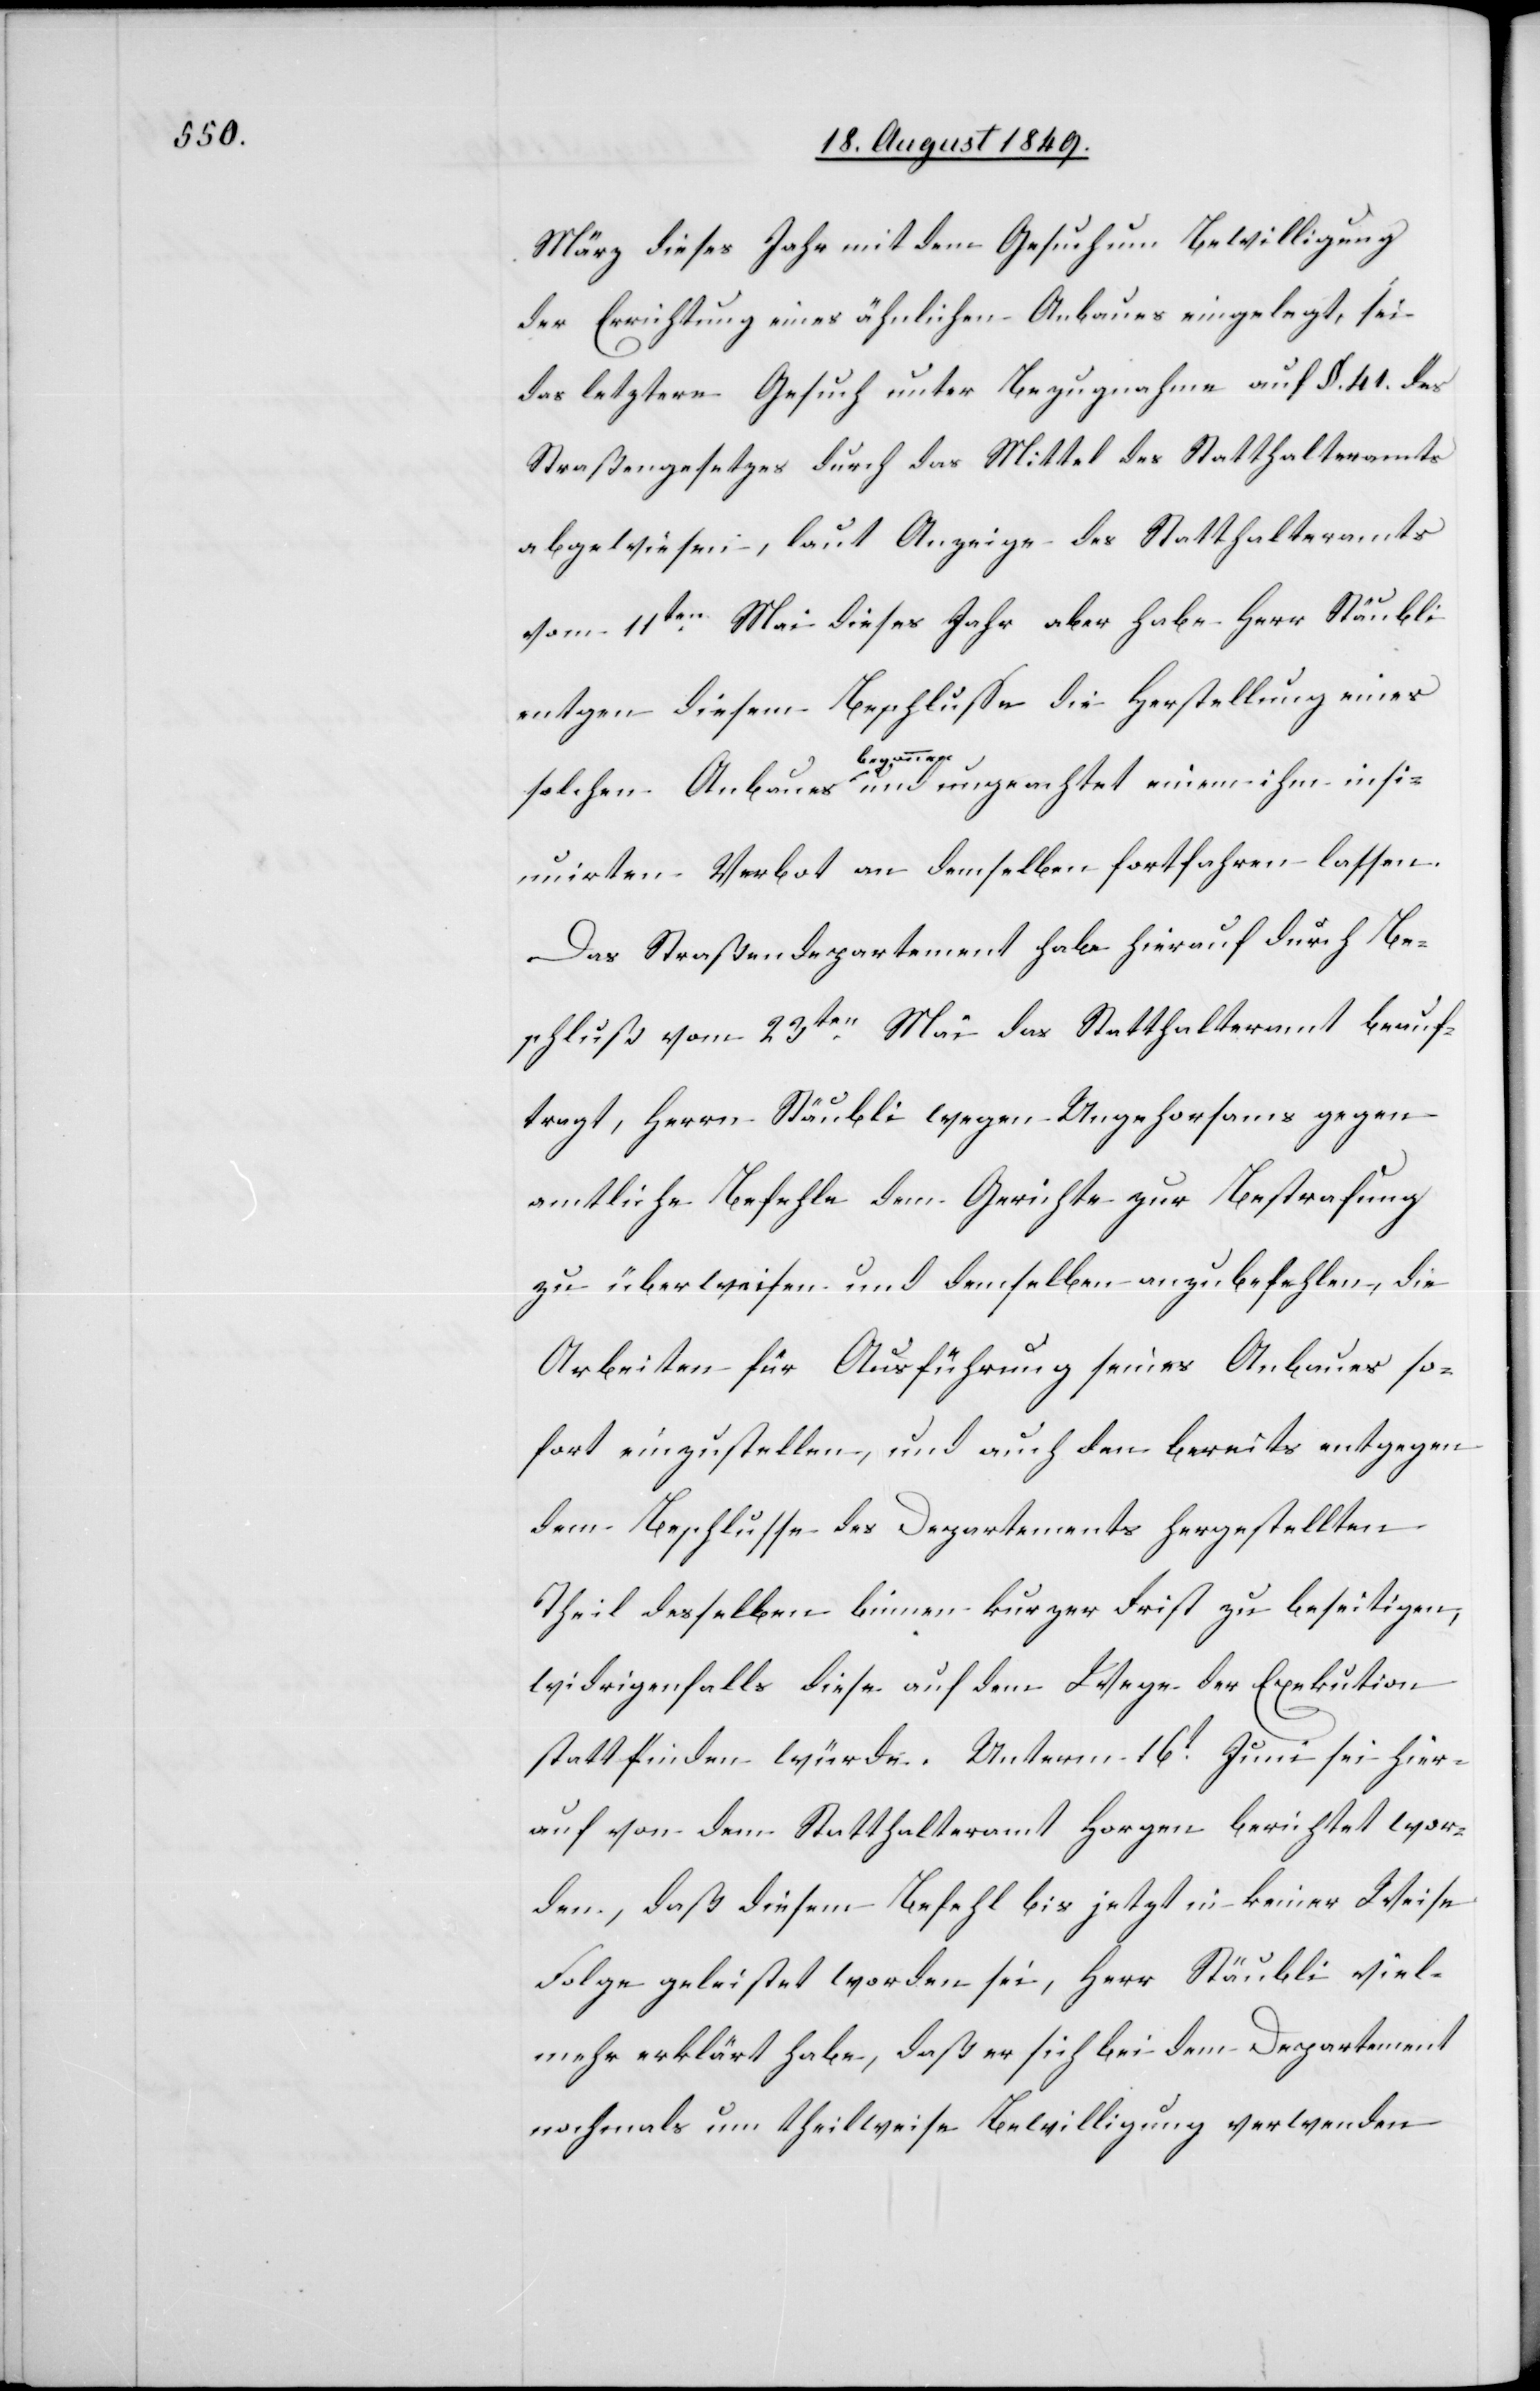
März dieses Jahr mit dem Gesuch um Bewilligung
der Errichtung eines ähnlichen Anbaues eingelegt, sei
das letztere Gesuch unter Bezugnahme auf §. 41. des
Straßengesetzes durch das Mittel des Statthalteramts
abgewiesen, laut Anzeige des Statthalteramts
vom 11ten Mai dieses Jahr aber habe Herr Stäubli
e[ge]n diesem Beschlusse die Herstellung eines
insi¬
ihm
nuirten Verbot an demselben fortfahren lassen.
Das Straßendepartement habe hierauf durch Be¬
schluß vom 23ten Mai das Statthalteramt beauf¬
tragt, Herrn Stäubli wegen Ungehorsams gegen
amtliche Befehle dem Gerichte zur Bestrafung
zu überweisen und demselben anzubefehlen, die
Arbeiten für Ausführung seines Anbaues so¬
fort einzustellen, und auch den bereits entgegen
dem Beschlusse des Departements hergestellten
Theil desselben binnen kurzer Frist zu beseitigen,
widrigenfalls diese auf dem Wege der Exekution
stattfinden würde. Unterm 16t Juni sei hier¬
auf von dem Statthalteramt Horgen berichtet wor¬
den, daß diesem Befehl bis jetzt in keiner Weise
Folge geleistet worden sei, Herr Stäubli viel¬
mehr erklärt habe, daß er sich bei dem Departement
nochmals um theilweise Bewilligung verwenden